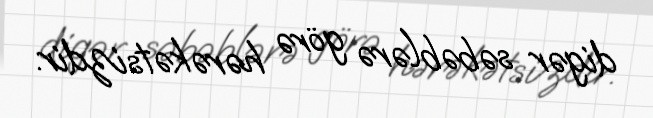
digər səbəblərə görə hərəkətsizdir.